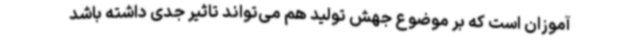
آموزان است که بر موضوع جهش تولید هم می‌تواند تاثیر جدی داشته باشد